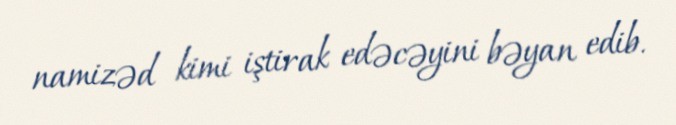
namizəd kimi iştirak edəcəyini bəyan edib.